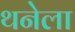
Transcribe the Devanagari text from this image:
थनेला